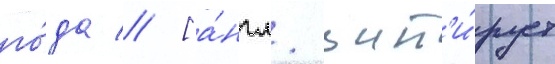
го́да // [а́нгл. цит'и́рует